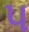
પ